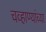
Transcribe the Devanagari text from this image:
चव्हाण्यांच्या